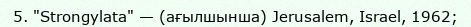
5. "Strongylata" — (ағылшынша) Jerusalem, Israel, 1962;